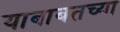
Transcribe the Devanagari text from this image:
याबाबतच्या